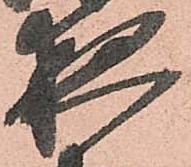
夜